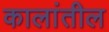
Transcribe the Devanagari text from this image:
कालांतील